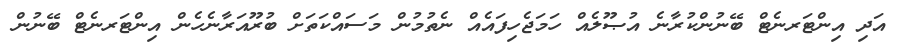
އަދި އިންޓަރނެޓް ބޭނުންކުރާނެ އުޞޫލެއް ހަމަޖެހިފައެއް ނެތުމުން މަސައްކަތަށް ބުރޫއަރާނެހެން އިންޓަރނެޓް ބޭނުން